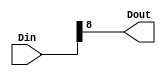
// (c) Copyright 2023 Advanced Micro Devices, Inc. All rights reserved.
//
// This file contains confidential and proprietary information
// of AMD and is protected under U.S. and international copyright
// and other intellectual property laws.
//
// DISCLAIMER
// This disclaimer is not a license and does not grant any
// rights to the materials distributed herewith. Except as
// otherwise provided in a valid license issued to you by
// AMD, and to the maximum extent permitted by applicable
// law: (1) THESE MATERIALS ARE MADE AVAILABLE "AS IS" AND
// WITH ALL FAULTS, AND AMD HEREBY DISCLAIMS ALL WARRANTIES
// AND CONDITIONS, EXPRESS, IMPLIED, OR STATUTORY, INCLUDING
// BUT NOT LIMITED TO WARRANTIES OF MERCHANTABILITY, NON-
// INFRINGEMENT, OR FITNESS FOR ANY PARTICULAR PURPOSE; and
// (2) AMD shall not be liable (whether in contract or tort,
// including negligence, or under any other theory of
// liability) for any loss or damage of any kind or nature
// related to, arising under or in connection with these
// materials, including for any direct, or any indirect,
// special, incidental, or consequential loss or damage
// (including loss of data, profits, goodwill, or any type of
// loss or damage suffered as a result of any action brought
// by a third party) even if such damage or loss was
// reasonably foreseeable or AMD had been advised of the
// possibility of the same.
//
// CRITICAL APPLICATIONS
// AMD products are not designed or intended to be fail-
// safe, or for use in any application requiring fail-safe
// performance, such as life-support or safety devices or
// systems, Class III medical devices, nuclear facilities,
// applications related to the deployment of airbags, or any
// other applications that could lead to death, personal
// injury, or severe property or environmental damage
// (individually and collectively, "Critical
// Applications"). Customer assumes the sole risk and
// liability of any use of AMD products in Critical
// Applications, subject only to applicable laws and
// regulations governing limitations on product liability.
//
// THIS COPYRIGHT NOTICE AND DISCLAIMER MUST BE RETAINED AS
// PART OF THIS FILE AT ALL TIMES.
////////////////////////////////////////////////////////////
//------------------------------------------------------------------------
//--
//--  Filename      : xlslice.v
//--
//--  Date          : 06/05/12
//-
//-  Description   : Verilog description of a slice block.  This
//-                  block does not use a core.
//-
//-----------------------------------------------------------------------

`timescale 1ps/1ps
module  xlslice_v1_0_3_xlslice (Din,Dout);

	parameter DIN_WIDTH  = 32;
	parameter DIN_FROM = 8;
	parameter DIN_TO = 8;
	
	input [DIN_WIDTH -1:0] Din;
	output [DIN_FROM - DIN_TO:0] Dout;
	 
	assign Dout = Din [DIN_FROM: DIN_TO];
endmodule